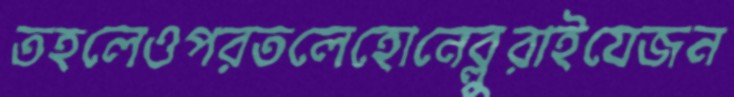
তহলেওপরতলেহোনেব্লুরাইযেজন